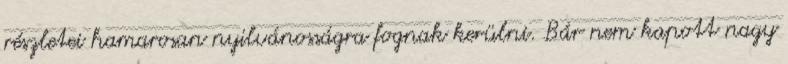
részletei hamarosan nyilvánosságra fognak kerülni. Bár nem kapott nagy